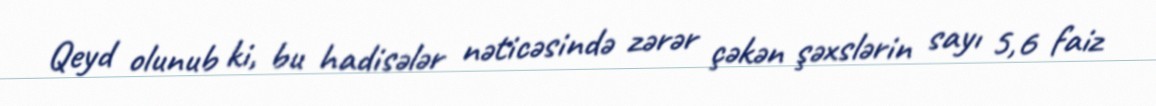
Qeyd olunub ki, bu hadisələr nəticəsində zərər çəkən şəxslərin sayı 5,6 faiz